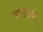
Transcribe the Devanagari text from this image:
उम्लाज़ी